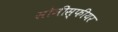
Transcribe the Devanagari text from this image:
सोनीस्फीयर